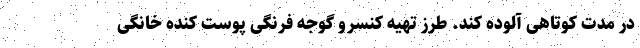
در مدت کوتاهی آلوده کند. طرز تهیه کنسرو گوجه فرنگی پوست کنده خانگی